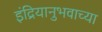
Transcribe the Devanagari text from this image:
इंद्रियानुभवाच्या